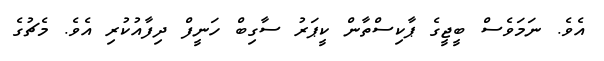
އެވެ. ނަމަވެސް ބީޖީގެ ޕާކިސްތާން ކީޕަރު ސާގިބް ހަނީފް ދިފާއުކުރި އެވެ. މެޗުގެ